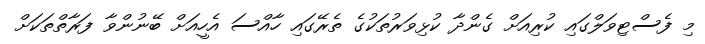
މި ފެސްޓިވަލްގައި ކުރިއަށް ގެންދާ ކުޅިވަރުތަކުގެ ތެރޭގައި ހާއްސަ އެހީއަށް ބޭނުންވާ ފަރާތްތަކަށް